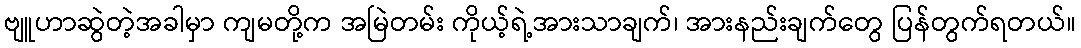
ဗျူဟာဆွဲတဲ့အခါမှာ ကျမတို့က အမြဲတမ်း ကိုယ့်ရဲ့အားသာချက်၊ အားနည်းချက်တွေ ပြန်တွက်ရတယ်။